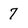
Character: 7